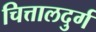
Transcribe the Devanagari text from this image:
चित्तालदुर्ग